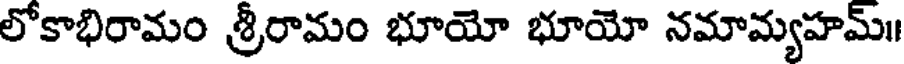
లోకాభిరామం శ్రీరామం భూయో భూయో నమామ్యహమ్॥